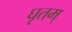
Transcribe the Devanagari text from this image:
घृतम्